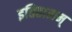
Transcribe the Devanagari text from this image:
इतिहासम्